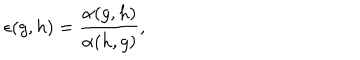
\epsilon ( g , h ) = \frac { \alpha ( g , h ) } { \alpha ( h , g ) } ,